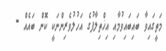
މަތީގައިވާ ބައިބައިވުމާއި އިޚްތިލާފުގެ އަހުލުވެރިންނަކީ ކޮން ބައެއް -